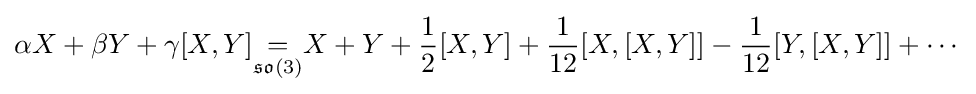
\alpha X+\beta Y+\gamma [X,Y]{\underset {{\mathfrak {so}}(3)}{=}}X+Y+{\frac {1}{2}}[X,Y]+{\frac {1}{12}}[X,[X,Y]]-{\frac {1}{12}}[Y,[X,Y]]+\cdots